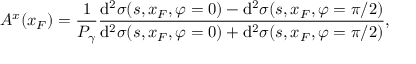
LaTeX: A ^ { x } ( x _ { F } ) = \frac { 1 } { { \cal P } _ { \gamma } } \frac { \mathrm { d } ^ { 2 } \sigma ( s , x _ { F } , \varphi = 0 ) - \mathrm { d } ^ { 2 } \sigma ( s , x _ { F } , \varphi = \pi / 2 ) } { \mathrm { d } ^ { 2 } \sigma ( s , x _ { F } , \varphi = 0 ) + \mathrm { d } ^ { 2 } \sigma ( s , x _ { F } , \varphi = \pi / 2 ) } ,